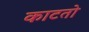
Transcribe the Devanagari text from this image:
काटतो